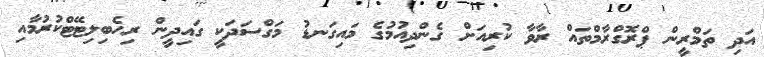
އަދި ތަމްރީން ޕްރޮގްރާމްތައް ރާވާ ކުރިއަށް ގެންދިއުމުގެ މައިގަނޑު މަގްސަދަކީ ގައިދީން ރިހެބިލިޓޭޓްކުރުމާއި